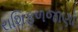
રાશિફળજાણો